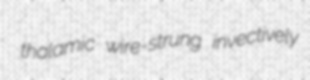
thalamic wire-strung invectively